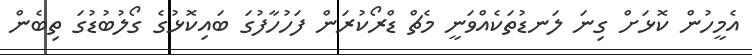
އެމީހުން ކޮޅަށް ގިނަ ލަނޑުތަކެއްވަނީ މެޗް ޑްރޯކުރަން ފަހުހާފުގަ ބައިކޮޅުގެ ގޯލުބުޑުގަ ތިބެން